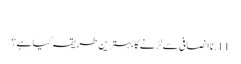
‏
11.‏ نااِنصافی سے لڑنے کا بہترین طریقہ کیا ہے؟